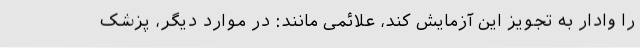
را وادار به تجویز این آزمایش کند، علائمی مانند: در موارد دیگر، پزشک